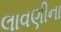
લાવણીના